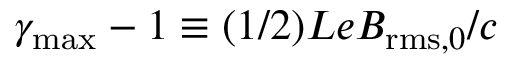
\gamma _ { \mathrm { m a x } } - 1 \equiv ( 1 / 2 ) L e B _ { \mathrm { r m s } , 0 } / c